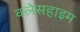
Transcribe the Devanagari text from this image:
क्लेसहाइम